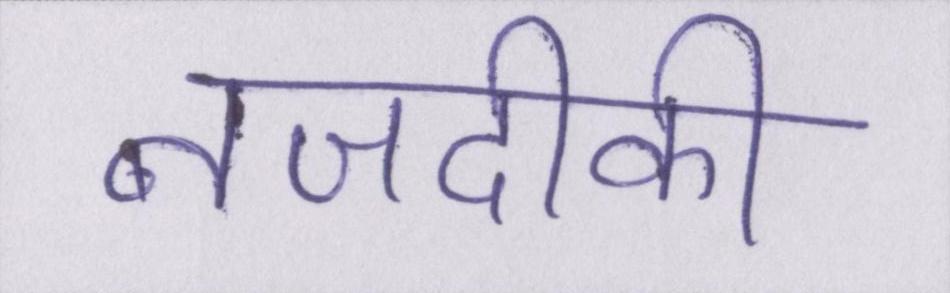
नजदीकी